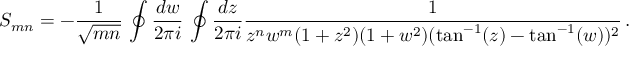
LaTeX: S _ { m n } = - { \frac { 1 } { \sqrt { m n } } } \, \ointop { \frac { d w } { 2 \pi i } } \, \ointop { \frac { d z } { 2 \pi i } } { \frac { 1 } { z ^ { n } w ^ { m } ( 1 + z ^ { 2 } ) ( 1 + w ^ { 2 } ) ( \tan ^ { - 1 } ( z ) - \tan ^ { - 1 } ( w ) ) ^ { 2 } } } \, .